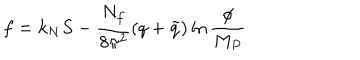
LaTeX: f = k _ { N } S - { \frac { N _ { f } } { 8 \pi ^ { 2 } } } ( q + \tilde { q } ) \ln { \frac { \phi } { M _ { P } } }